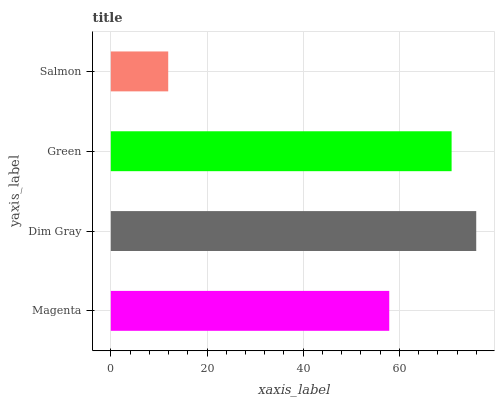
| yaxis_label | bars |
 | --- | --- |
 | Magenta | 57.9 |
 | Dim Gray | 76 |
 | Green | 70.8 |
 | Salmon | 11.9 |